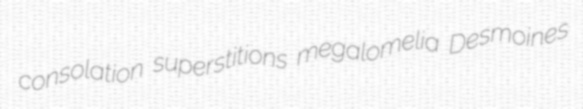
consolation superstitions megalomelia Desmoines